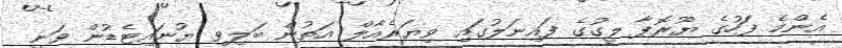
އެންމެ ފަހުގެ ޔޫރޮޕާ ލީގުގެ ފައިނަލުގައި ވިޔަރެއާލް އަތުން ބަލިވި ޔުނައިޓެޑުން ވަނީ